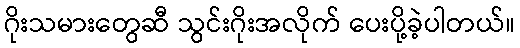
ဂိုးသမားတွေဆီ သွင်းဂိုးအလိုက် ပေးပို့ခဲ့ပါတယ်။